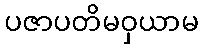
ပဇာပတိမဝှယာမ